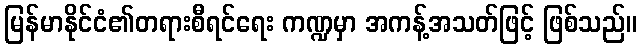
မြန်မာနိုင်ငံ၏တရားစီရင်ရေး ကဏ္ဍမှာ အကန့်အသတ်ဖြင့် ဖြစ်သည်။